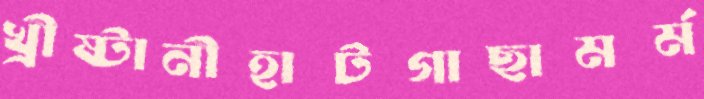
খ্রীষ্টানীহাটগাছামর্ম